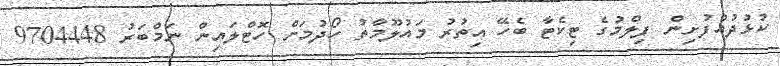
ކުޅުދުއްފުށިން ފިލްމުގެ ޓިކެޓާ ބެހޭ އިތުރު މައުލޫމާތު ހޯދުމަށް ހޮޓްލައިން ނަމްބަރު 9704448